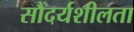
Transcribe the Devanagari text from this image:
सौंदर्यशीलता